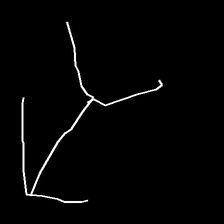
Glyph: gather